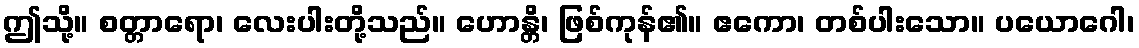
ဤသို့။ စတ္တာရော၊ လေးပါးတို့သည်။ ဟောန္တိ၊ ဖြစ်ကုန်၏။ ဧကော၊ တစ်ပါးသော။ ပယောဂေါ၊